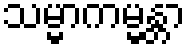
သမ္မာကမ္မန္တာ